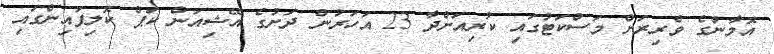
އޮމާނުގެ ވެރިރަށް މަސްކަޓުގައި ކުރިއަށްދާ 23 އަހަރުން ދަށުގެ އޭޝިއަން ކަޕް ކޮލިފައިންގައި